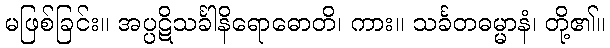
မဖြစ်ခြင်း။ အပ္ပဋိသင်္ခါနိရောဓောတိ၊ ကား။ သင်္ခတဓမ္မာနံ၊ တို့၏။